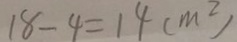
1 8 - 4 = 1 4 ( m ^ { 2 } )